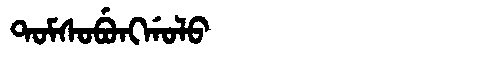
Manchu: ᡨᠣᠮᠰᠣᠪᡠᠩᡤᠣᠯᠣ
Romanization: TOMSOBUNGGOLO